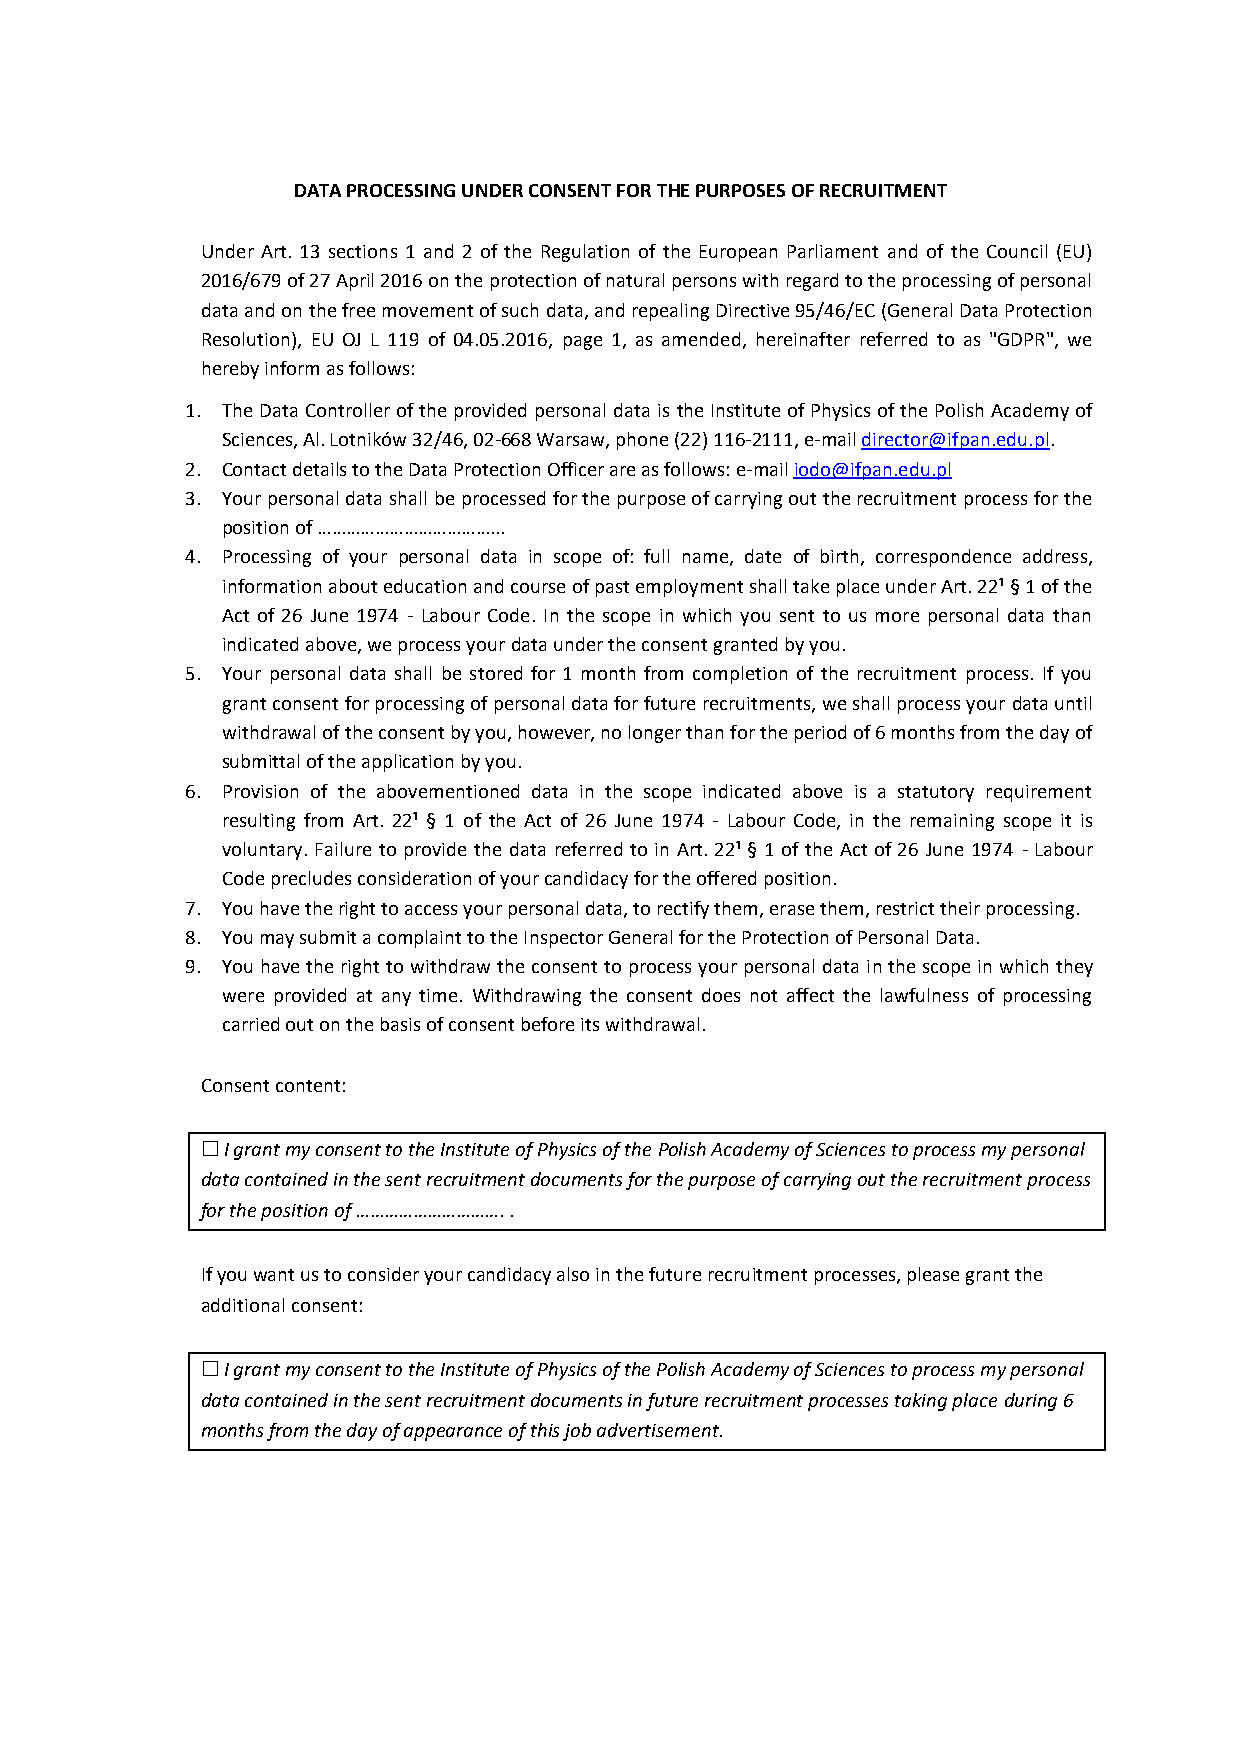
DATA PROCESSING UNDER CONSENT FOR THE PURPOSES OF RECRUITMENT
 Under Art. 13 sections 1 and 2 of the Regulation of the European Parliament and of the Council (EU)
 2016/679 of 27 April 2016 on the protection of natural persons with regard to the processing of personal
 data and on the free movement of such data, and repealing Directive 95/46/EC (General Data Protection
 Resolution), EU OJ L 119 of 04.05.2016, page 1, as amended, hereinafter referred to as "GDPR", we
 hereby inform as follows:
 1. The Data Controller of the provided personal data is the Institute of Physics of the Polish Academy of
 Sciences, Al. Lotników 32/46, 02-668 Warsaw, phone (22) 116-2111, e-mail director@ifpan.edu.pl.
 2. Contact details to the Data Protection Officer are as follows: e-mail iodo@ifpan.edu.pl
 3. Your personal data shall be processed for the purpose of carrying out the recruitment process for the
 position of ………………………………...
 4. Processing of your personal data in scope of: full name, date of birth, correspondence address,
 information about education and course of past employment shall take place under Art. 22¹ § 1 of the
 Act of 26 June 1974 - Labour Code. In the scope in which you sent to us more personal data than
 indicated above, we process your data under the consent granted by you.
 5. Your personal data shall be stored for 1 month from completion of the recruitment process. If you
 grant consent for processing of personal data for future recruitments, we shall process your data until
 withdrawal of the consent by you, however, no longer than for the period of 6 months from the day of
 submittal of the application by you.
 6. Provision of the abovementioned data in the scope indicated above is a statutory requirement
 resulting from Art. 22¹ § 1 of the Act of 26 June 1974 - Labour Code, in the remaining scope it is
 voluntary. Failure to provide the data referred to in Art. 22¹ § 1 of the Act of 26 June 1974 - Labour
 Code precludes consideration of your candidacy for the offered position.
 7. You have the right to access your personal data, to rectify them, erase them, restrict their processing.
 8. You may submit a complaint to the Inspector General for the Protection of Personal Data.
 9. You have the right to withdraw the consent to process your personal data in the scope in which they
 were provided at any time. Withdrawing the consent does not affect the lawfulness of processing
 carried out on the basis of consent before its withdrawal.
 Consent content:
  I grant my consent to the Institute of Physics of the Polish Academy of Sciences to process my personal
 data contained in the sent recruitment documents for the purpose of carrying out the recruitment process
 for the position of …………………………. .
 If you want us to consider your candidacy also in the future recruitment processes, please grant the
 additional consent:
  I grant my consent to the Institute of Physics of the Polish Academy of Sciences to process my personal
 data contained in the sent recruitment documents in future recruitment processes taking place during 6
 months from the day of appearance of this job advertisement.